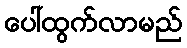
ပေါ်ထွက်လာမည်